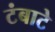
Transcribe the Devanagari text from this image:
टंबाटे